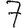
Digit: 7